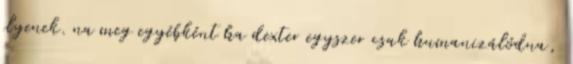
ilyenek. na meg egyébként ha dexter egyszer csak humanizálódna,